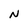
Character: N